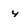
Character: 4